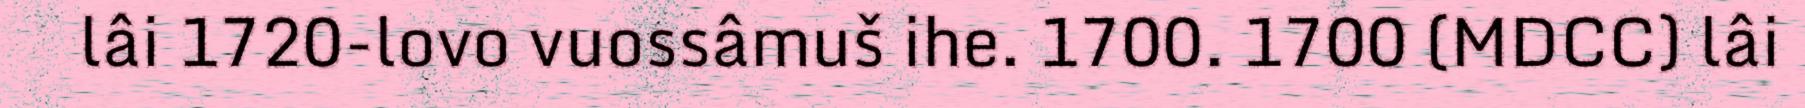
lâi 1720-lovo vuossâmuš ihe. 1700. 1700 (MDCC) lâi